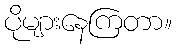
ပိုများနေကြတာ။